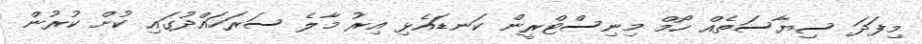
މިފަދަ ސިޔާސަތެއް ހޯމް މިނިސްޓްރީން ކަނޑައެޅި އިރު މާލެ ސަރަހައްދުގައި ކުށް ކުރުން